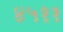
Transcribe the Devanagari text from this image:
४५११